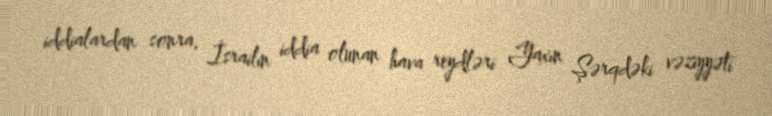
iddialardan sonra, İsrailin iddia olunan hava reydləri Yaxın Şərqdəki vəziyyəti